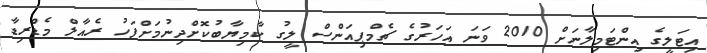
އިޓަލީގެ އިންޓަމިލާނަށް 2010 ވަނަ އަހަރުގެ ޗެމްޕިއަންސް ލީގު ކާމިޔާބުކޮށްދިނުމަށްފަހު ރެއާލް މެޑްރިޑާ